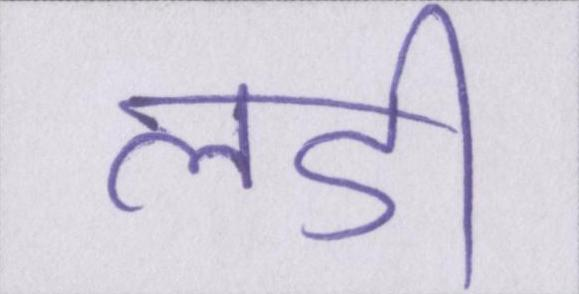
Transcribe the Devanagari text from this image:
लडी